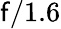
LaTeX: \mathsf{f}/1.6